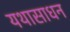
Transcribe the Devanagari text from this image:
यथासाधन